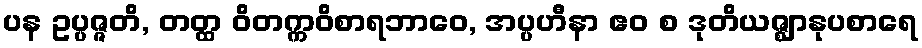
ပန ဥပ္ပဇ္ဇတိ, တတ္ထ ဝိတက္ကဝိစာရဘာဝေ, အပ္ပဟီနာ ဧဝ စ ဒုတိယဇ္ဈာနုပစာရေ